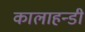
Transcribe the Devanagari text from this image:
कालाहन्डी